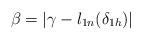
LaTeX: \begin{align*}\beta=\left|\gamma-l_{1n}(\delta_{1h})\right|\end{align*}